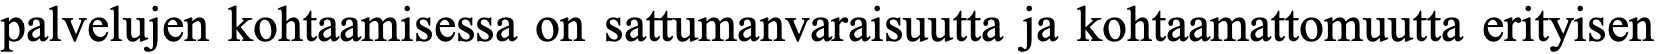
palvelujen kohtaamisessa on sattumanvaraisuutta ja kohtaamattomuutta erityisen